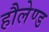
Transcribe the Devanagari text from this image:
हौलेण्ड